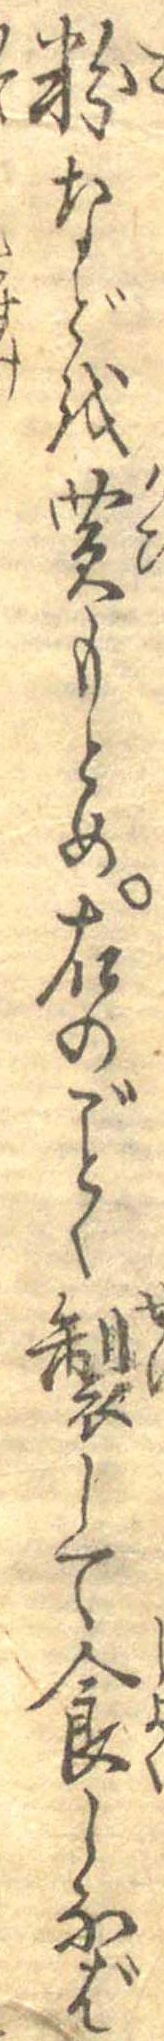
粉などを買もとめ右のごとく製して食しなば